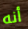
أنه